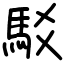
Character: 駁